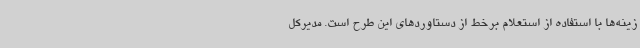
زینه‌ها با استفاده از استعلام برخط از دستاوردهای این طرح است. مدیرکل